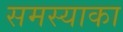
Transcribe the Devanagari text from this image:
समस्याका